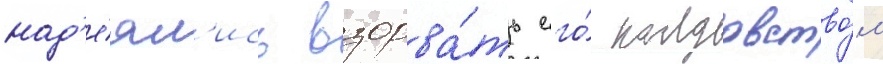
над'е́ял'ись взорва́ть его́ колдовство́м